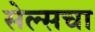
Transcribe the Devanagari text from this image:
सेल्सचा